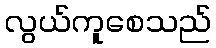
လွယ်ကူစေသည်